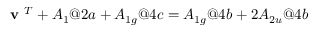
\textbf { v } ^ { T } + A _ { 1 } @ 2 a + A _ { 1 g } @ 4 c = A _ { 1 g } @ 4 b + 2 A _ { 2 u } @ 4 b